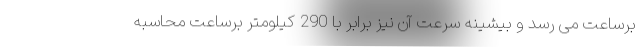
برساعت می رسد و بیشینه سرعت آن نیز برابر با 290 کیلومتر برساعت محاسبه